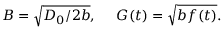
B = \sqrt { D _ { 0 } / 2 b } , ~ ~ ~ ~ G ( t ) = \sqrt { b f ( t ) } .